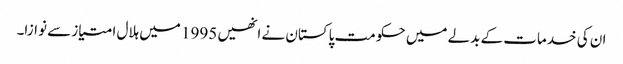
ان کی خدمات کے بدلے میں حکومت پاکستان نے انھیں 1995 میں ہلال امتیاز سے نوازا۔